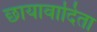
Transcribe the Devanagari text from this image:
छायावादिता